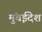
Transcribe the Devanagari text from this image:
मुंबईदेश